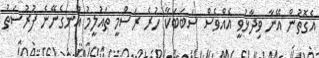
އެގޮތުން އޭނާ ވިދާޅުވީ އެއްވެސް ސަބަބަކާ ހުރެ ރަސްމީ ތައުލީމު އުނގެނޭނެ ފުރުސަތު